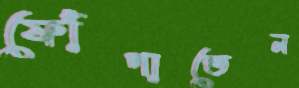
ফোঁপাতেন